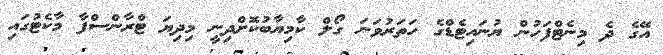
އޭގެ ދެ މިނެޓްފަހުން ޔުނައިޓެޑްގެ ހަތަރުވަނަ ގޯލް ކާމިޔާބުކޮށްދިނީ މިދިޔަ ޓްރާންސްފާ މާކެޓުގައި